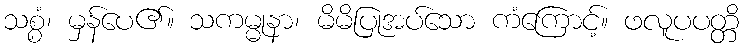
သစ္စံ၊ မှန်ပေ၏။ သကမ္မုနာ၊ မိမိပြုအပ်သော ကံကြောင့်။ ဖလူပပတ္တိ